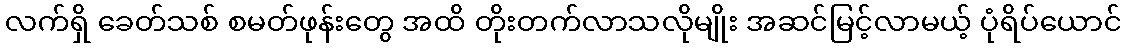
လက်ရှိ ခေတ်သစ် စမတ်ဖုန်းတွေ အထိ တိုးတက်လာသလိုမျိုး အဆင်မြင့်လာမယ့် ပုံရိပ်ယောင်